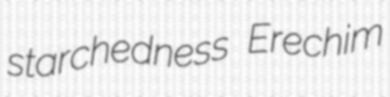
starchedness Erechim